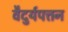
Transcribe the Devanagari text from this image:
वैदुर्यपत्तन